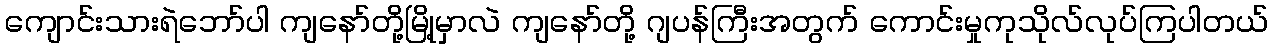
ကျောင်းသားရဲဘော်ပါ ကျနော်တို့မြို့မှာလဲ ကျနော်တို့ ဂျပန်ကြီးအတွက် ကောင်းမှုကုသိုလ်လုပ်ကြပါတယ်